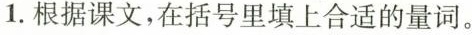
1.根据课文，在括号里填上合适的量词。